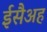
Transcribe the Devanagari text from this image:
ईसैअह